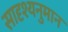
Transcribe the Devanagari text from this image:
सादृश्यनुमान